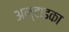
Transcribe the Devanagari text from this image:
अल्टाइका